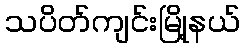
သပိတ်ကျင်းမြို့နယ်